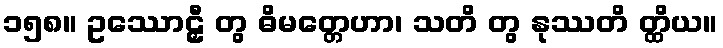
၁၅၈။ ဥဿောဠှီ တွ ဓိမတ္တေဟာ၊ သတိ တွ နုဿတိ တ္ထိယ။